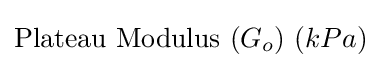
{\text{Plateau Modulus}}\ (G_{o})\ (kPa)